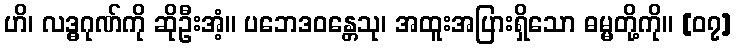
ဟိ၊ လဒ္ဓဂုဏ်ကို ဆိုဦးအံ့။ ပဘေဒဝန္တေသု၊ အထူးအပြားရှိသော ဓမ္မတို့ကို။ [၀၇]